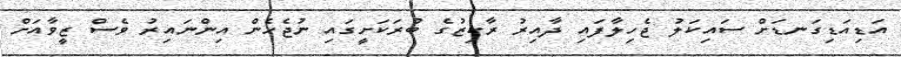
އަޑިއަޑިގަނޑަށް ސައިކަލު ޖެހިލާފައި ދާއިރު ރާކިޒުގެ ބުރަކަށީގައި ނުޖެހެން އިންނައިރު ވެސް ޒީވާއަށް